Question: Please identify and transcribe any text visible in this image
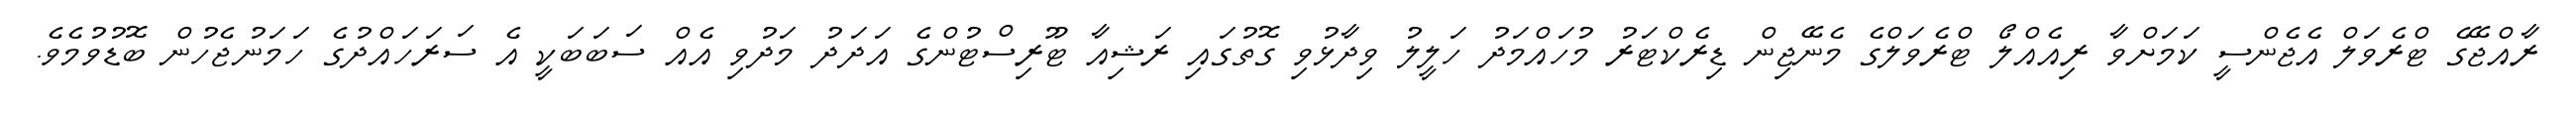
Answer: ރާއްޖޭގެ ޓްރެވަލް އެޖެންސީ ކަމަށްވާ ރިއެއްލޯ ޓްރެވަލްގެ މެނޭޖިން ޑިރެކްޓަރު މުހައްމަދު ހަލީލު ވިދާޅުވި ގޮތުގައި ރަޝިއާ ޓޫރިސްޓުންގެ އަދަދު މަދުވި އެއް ސަބަބަކީ އެ ސަރަހައްދުގެ ހަމަނުޖެހުން ބޮޑުވުމެވެ.